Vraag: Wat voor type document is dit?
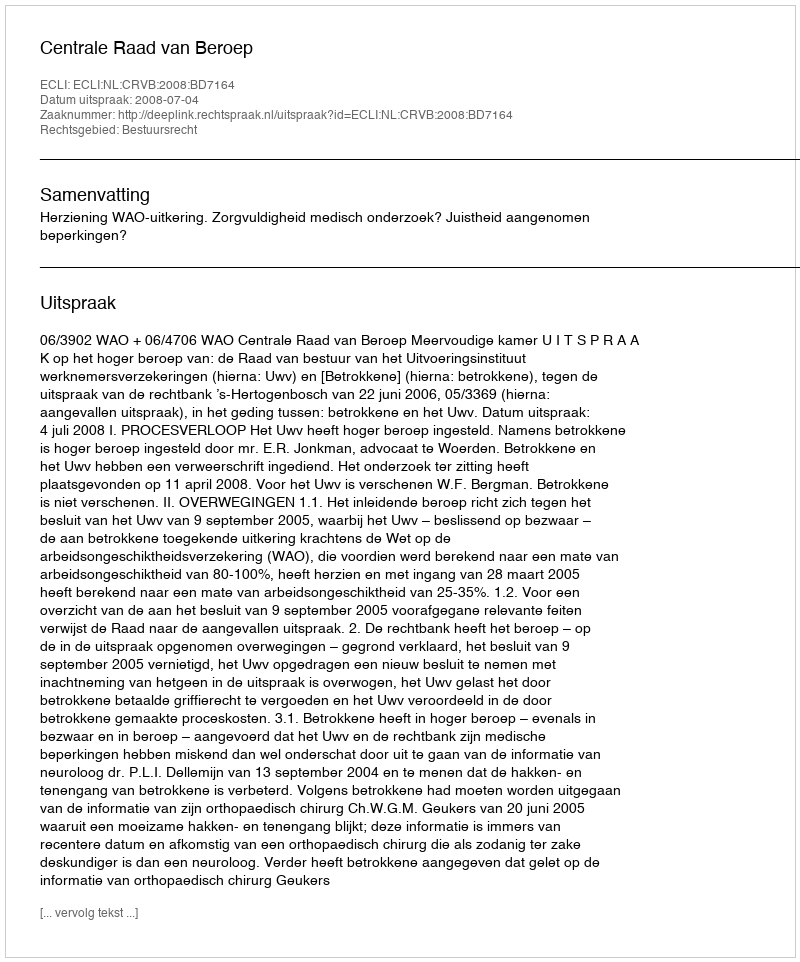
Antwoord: Uitspraak